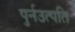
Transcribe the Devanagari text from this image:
पुर्नउत्पति